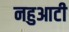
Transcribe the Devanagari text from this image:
नहुआटी